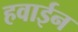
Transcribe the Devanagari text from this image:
हवाईन